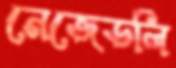
নেজেডলি